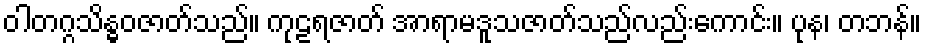
ဝါတဂ္ဂသိန္ဓဝဇာတ်သည်။ ကုဠရဇာတ် အာရာမဒူသဇာတ်သည်လည်းကောင်း။ ပုန၊ တဘန်။